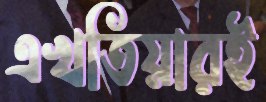
এখতিয়ারই